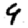
Digit: 9